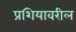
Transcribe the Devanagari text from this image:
प्रशियावरील